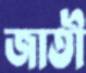
জাতী